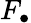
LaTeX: F_{\bullet}